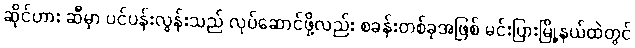
ဆိုင်ဟား ဆီမှာ ပင်ပန်းလွန်းသည် လုပ်ဆောင်ဖို့လည်း စခန်းတစ်ခုအဖြစ် မင်းပြားမြို့နယ်ထဲတွင်